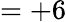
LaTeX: =+6